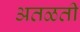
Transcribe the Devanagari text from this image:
अतळती